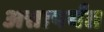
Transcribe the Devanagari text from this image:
अत्तापर्यंत